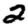
Digit: 2